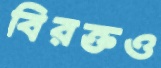
বিরক্তও